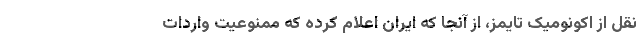
نقل از اکونومیک تایمز، از آنجا که ایران اعلام کرده که ممنوعیت واردات